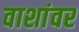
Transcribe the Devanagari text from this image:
वाशांवर